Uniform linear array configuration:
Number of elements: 4
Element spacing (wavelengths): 0.25
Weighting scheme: hamming
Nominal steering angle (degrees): -60
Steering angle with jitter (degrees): -61.251
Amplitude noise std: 0.05
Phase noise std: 0.05

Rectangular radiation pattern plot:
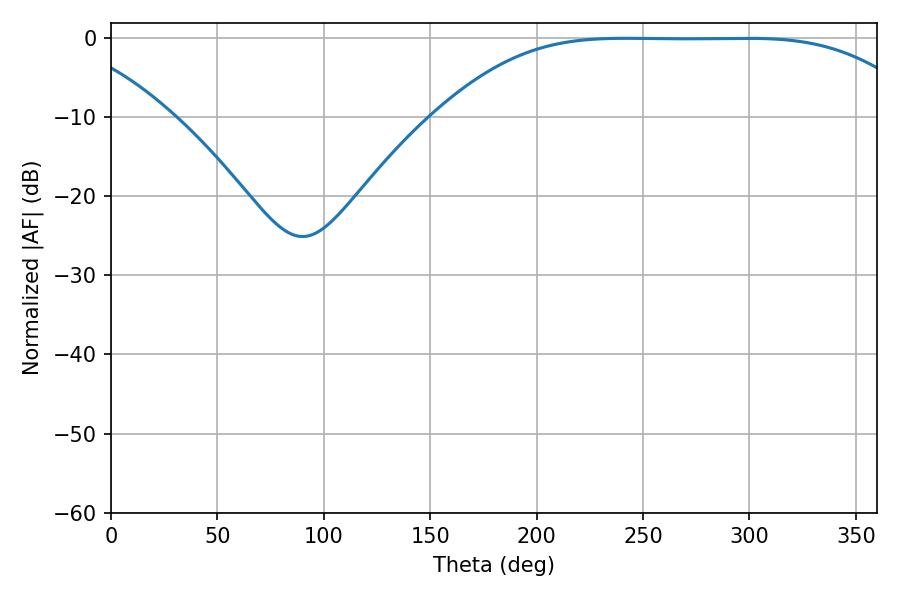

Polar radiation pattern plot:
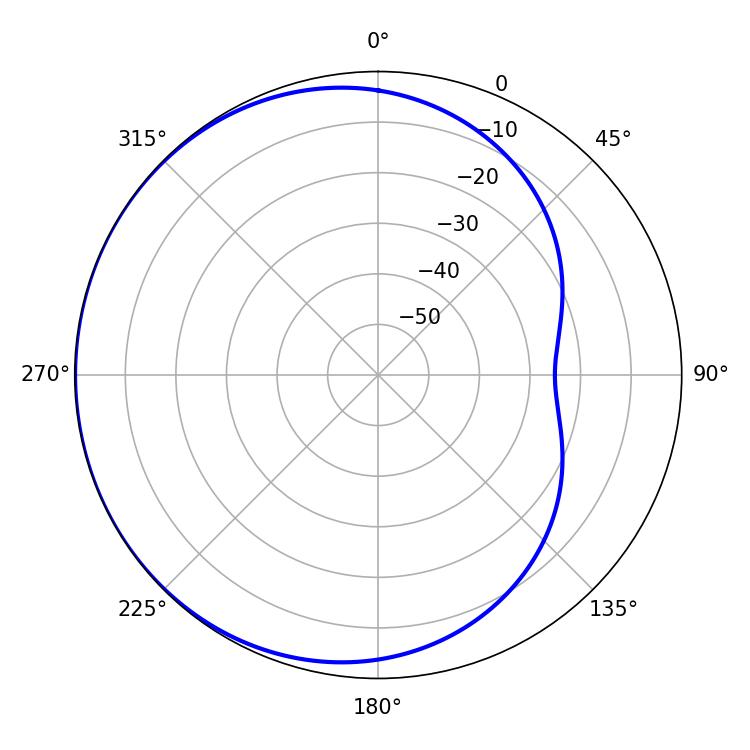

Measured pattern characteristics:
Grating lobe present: FALSE
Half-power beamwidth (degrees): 169.56
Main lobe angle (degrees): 242.1